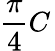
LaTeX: {\frac{\pi}{4}}C\,